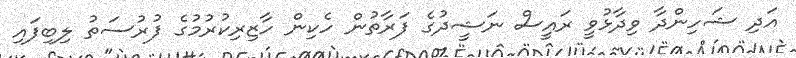
އަދި ޝަހިންދާ ވިދާޅުވީ ރައީސް ނަޝީދުގެ ފަރާތުން ހެކިން ހާޒިރިކުރުމުގެ ފުރުސަތު ލިބިފައި